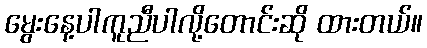
မွေးနေ့ပါကူညီပါလို့တောင်းဆို ထားတယ်။